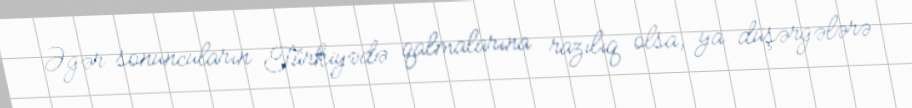
Əgər sonuncuların Türkiyədə qalmalarına razılıq olsa, ya düşərgələrə